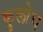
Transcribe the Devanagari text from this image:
कुलोच